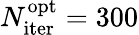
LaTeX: N_{\mathrm{iter}}^{\mathrm{opt}}=300